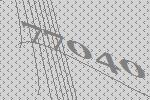
77040